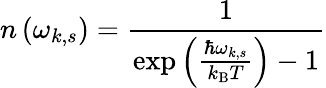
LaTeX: n\left(\omega_{k,s}\right)={\frac{1}{\exp\left({\frac{\hbar\omega_{k,s}}{k_{\mathrm{B}}T}}\right)-1}}